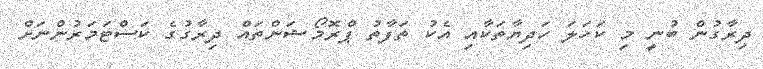
ދިރާގުން ބުނީ މި ކަހަލަ ހަދިޔާތަކާއި އެކު ތަފާތު ޕްރޮމޯޝަންތައް ދިރާގުގެ ކަސްޓަމަރުންނަށް